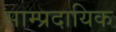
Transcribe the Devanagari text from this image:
साम्‍प्रदायिक